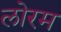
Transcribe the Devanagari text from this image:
लोरम